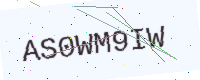
Text: AS0WM9IW